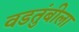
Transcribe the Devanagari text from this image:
वडतुंबीला